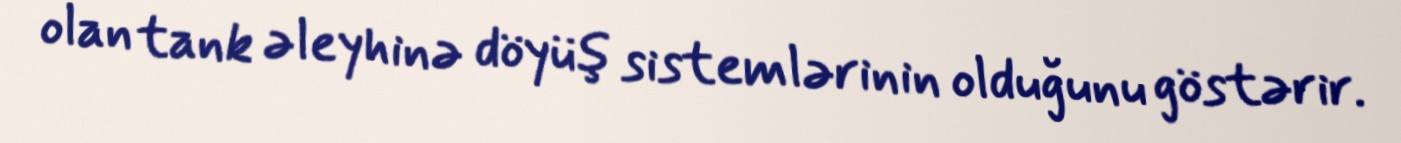
olan tank əleyhinə döyüş sistemlərinin olduğunu göstərir.